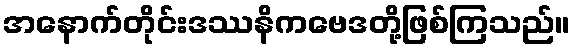
အနောက်တိုင်းဒဿနိကဗေဒတို့ဖြစ်ကြသည်။